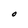
Character: O